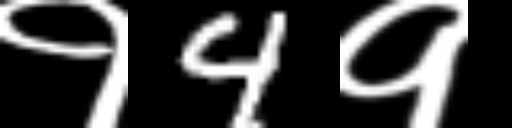
Text: १4१